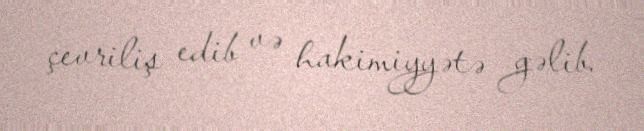
çevriliş edib və hakimiyyətə gəlib.